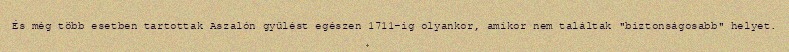
És még több esetben tartottak Aszalón gyűlést egészen 1711-ig olyankor, amikor nem találtak "biztonságosabb" helyet.